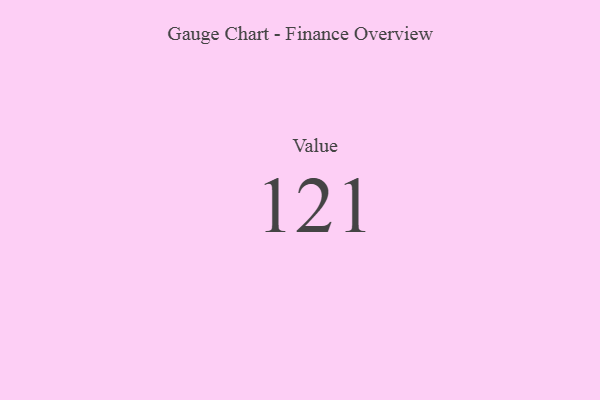
{"axis": {"x": "Metric", "y": "Value"}, "legend": [""], "data": [{"x": "Value", "y": 121, "type": ""}]}